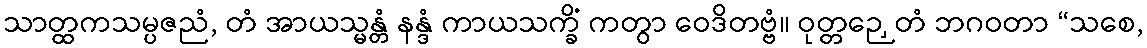
သာတ္ထကသမ္ပဇညံ, တံ အာယသ္မန္တံ နန္ဒံ ကာယသက္ခိံ ကတွာ ဝေဒိတဗ္ဗံ။ ဝုတ္တဉှေတံ ဘဂဝတာ “သစေ,